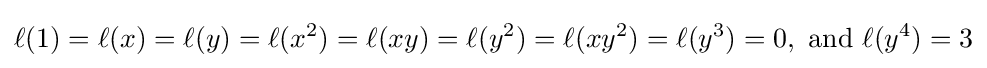
\ell (1)=\ell (x)=\ell (y)=\ell (x^{2})=\ell (xy)=\ell (y^{2})=\ell (xy^{2})=\ell (y^{3})=0,\ {\text{and}}\ \ell (y^{4})=3